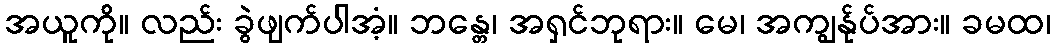
အယူကို။ လည်း ခွဲဖျက်ပါအံ့။ ဘန္တေ၊ အရှင်ဘုရား။ မေ၊ အကျွန်ုပ်အား။ ခမထ၊